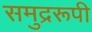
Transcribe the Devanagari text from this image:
समुद्ररूपी